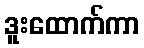
ဒူးထောက်ကာ